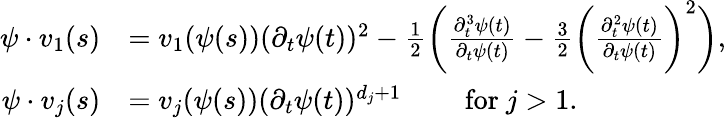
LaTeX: \begin{array}{rl}{\psi\cdot v_{1}(s)}&{=v_{1}(\psi(s))(\partial_{t}\psi(t))^{2}-\frac{1}{2}\bigg(\frac{\partial_{t}^{3}\psi(t)}{\partial_{t}\psi(t)}-\frac{3}{2}\bigg(\frac{\partial_{t}^{2}\psi(t)}{\partial_{t}\psi(t)}\bigg)^{2}\bigg),}\\ {\psi\cdot v_{j}(s)}&{=v_{j}(\psi(s))(\partial_{t}\psi(t))^{d_{j}+1}\qquad\mathrm{~for~}j>1.}\end{array}